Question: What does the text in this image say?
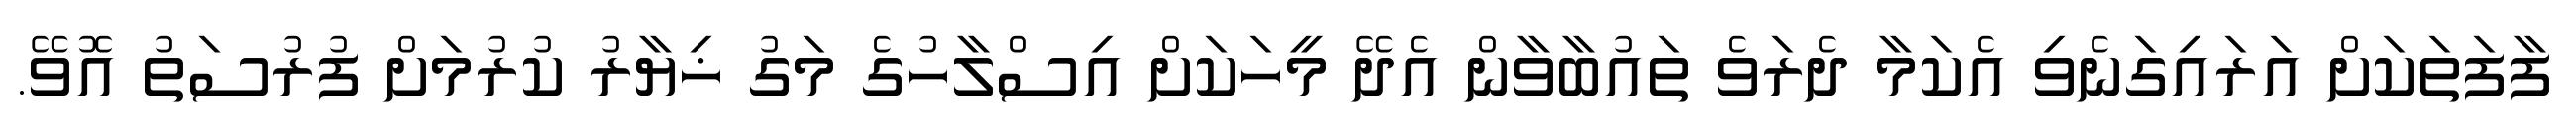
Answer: ފާފަތަކަށް އަރައިގަނެވި އެކަމާ ދެރަވެ ތައުބާވާން އެދޭ މީހަކަށް އިސްލާހުގެ މަގު ޚިޔާރު ކުރުމަށް ފުރުސަތު އޮވޭ.